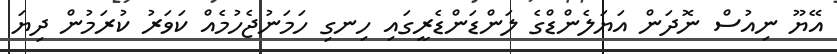
އޭޔޫ ނިއުސް ނޮދަން އަޔަލެންޑްގެ ލަންޑަންޑެރީގައި ހިނގި ހަމަނުޖެހުމެއް ކަވަރު ކުރަމުން ދިޔަ